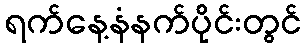
ရက်နေ့နံနက်ပိုင်းတွင်